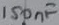
Text: 150nF